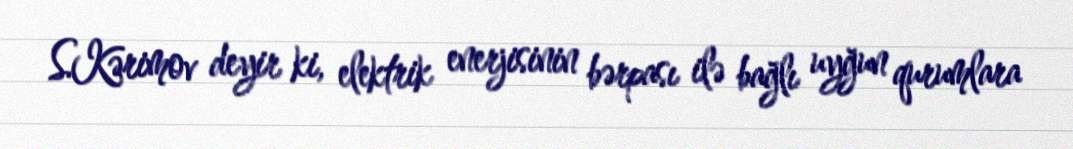
S.Kərimov deyir ki, elektrik enerjisinin bərpası ilə bağlı uyğun qurumlara